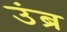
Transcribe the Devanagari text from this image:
उंब्र